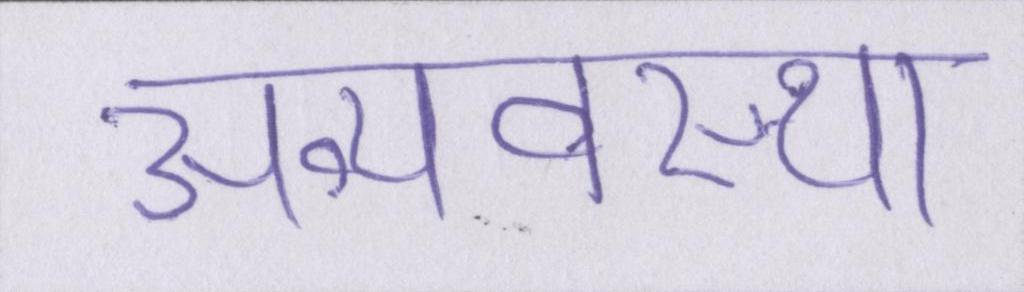
अव्यवस्था